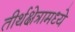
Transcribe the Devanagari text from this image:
तीर्थक्षेत्रामध्ये